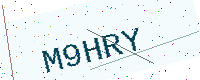
Text: M9HRY